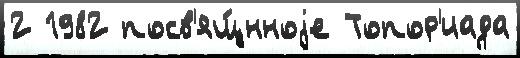
2 1982 посв'ящ́нноjе Топор'иада